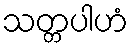
သတ္တပါဟံ